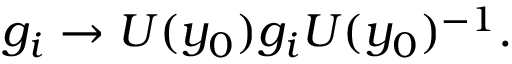
g _ { i } \rightarrow U ( y _ { 0 } ) g _ { i } U ( y _ { 0 } ) ^ { - 1 } .